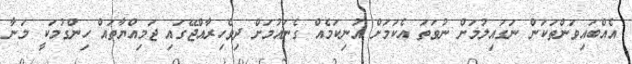
އެއްބައިވަންތަކަން ނަގައިލުމަށް ނުވަތަ އެކަމަށް އުނިކަމެއް ގެނައުމަށް ދިވެހިރާއްޖޭގައި ޖަމިއްޔާތައް ހިންގުމަކީ މަނާ